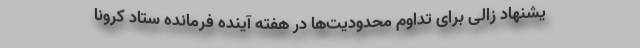
یشنهاد زالی برای تداوم محدودیت‌ها در هفته آینده فرمانده ستاد کرونا